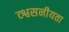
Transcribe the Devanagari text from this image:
व्श्वसनीयता